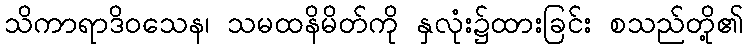
သိကာရာဒိဝသေန၊ သမထနိမိတ်ကို နှလုံး၌ထားခြင်း စသည်တို့၏